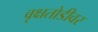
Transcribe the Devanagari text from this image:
वृक्षतोडीवर